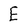
Character: E